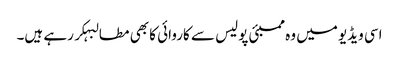
اسی ویڈیو میں وہ ممبئی پولیس سے کاروائی کا بھی مطالبہکر رہے ہیں۔